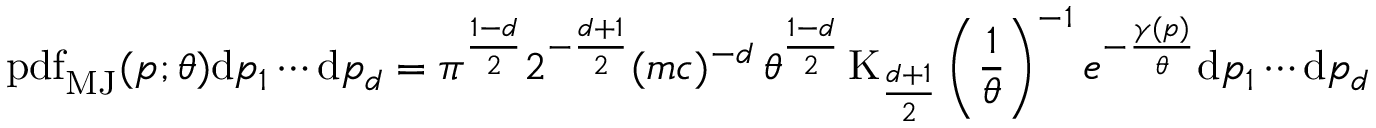
\operatorname { p d f } _ { \mathrm { M J } } ( p ; \theta ) \mathrm { d } p _ { 1 } \cdots \mathrm { d } p _ { d } = \pi ^ { \frac { 1 - d } { 2 } } 2 ^ { - { \frac { d + 1 } { 2 } } } ( m c ) ^ { - d } \, \theta ^ { \frac { 1 - d } { 2 } } \operatorname { K } _ { \frac { d + 1 } { 2 } } \left( { \frac { 1 } { \theta } } \right) ^ { - 1 } e ^ { - { \frac { \gamma ( p ) } { \theta } } } \mathrm { d } p _ { 1 } \cdots \mathrm { d } p _ { d }